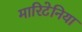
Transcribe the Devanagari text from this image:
मारिटेनिया